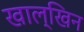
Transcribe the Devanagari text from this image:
खाल्खिन